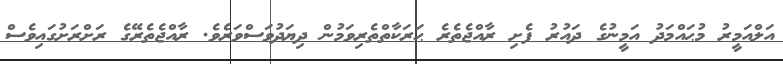
އަލްއަމީރު މުޙައްމަދު އަމީނުގެ ދައުރު ފެށި ރާއްޖެތެރެ ޙަރަކާތްތެރިވަމުން ދިޔަދުވަސްވަރެވެ. ރާއްޖެތެރޭގެ ރަށްރަށުގައިވެސް